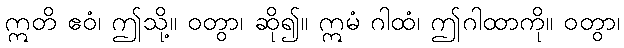
ဣတိ ဧဝံ၊ ဤသို့။ ဝတွာ၊ ဆို၍။ ဣမံ ဂါထံ၊ ဤဂါထာကို။ ဝတွာ၊